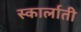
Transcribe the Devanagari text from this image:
स्कार्लाती